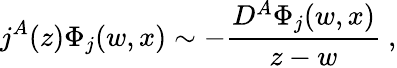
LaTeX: j^{A}(z)\Phi_{j}(w,x)\sim-\frac{D^{A}\Phi_{j}(w,x)}{z-w}~,